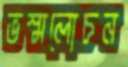
ভস্মলোচন